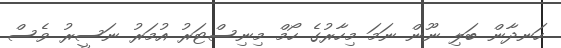
ހަނދާން ބަލި ނޫން ނަމަ މިހާރުގެ ހޯމް މިނިސްޓަރު އުމަރު ނަސީރު ވެސް